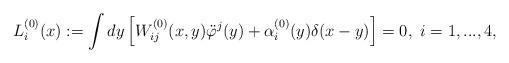
LaTeX: \begin{align*}L^{(0)}_i(x):=\int dy \left[W^{(0)}_{ij}(x,y)\ddot\varphi^j(y)+\alpha^{(0)}_i(y)\delta(x-y)\right]=0, \ i=1,...,4,\end{align*}